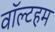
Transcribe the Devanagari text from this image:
वॉल्टहम